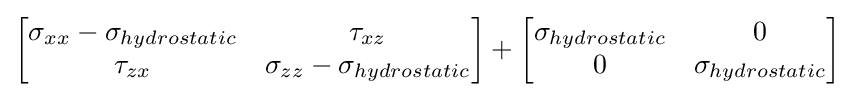
\left[{\begin{matrix}\sigma _{xx}-\sigma _{hydrostatic}&\tau _{xz}\\\tau _{zx}&\sigma _{zz}-\sigma _{hydrostatic}\\\end{matrix}}\right]+\left[{\begin{matrix}\sigma _{hydrostatic}&0\\0&\sigma _{hydrostatic}\\\end{matrix}}\right]